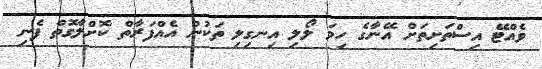
ވެއްޓޭ އިސްތަށިތަށް އޭނާގެ ހިމަ ލޯލި އިނގިލި ތަކުން އެއްފަރާތް ކޮށްލާގޮތް ފެނި